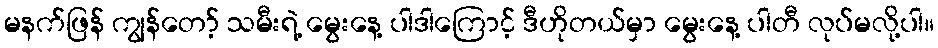
မနက်ဖြန် ကျွန်တော့် သမီးရဲ့ မွေးနေ့ ပါဒါကြောင့် ဒီဟိုတယ်မှာ မွေးနေ့ ပါတီ လုပ်မလို့ပါ။